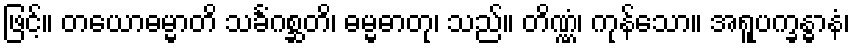
ဖြင့်။ တယောဓမ္မာတိ သင်္ခံဂစ္ဆတိ၊ ဓမ္မဓာတု၊ သည်။ တိဏ္ဏံ၊ ကုန်သော။ အရူပက္ခန္ဓာနံ၊